画像に写った文字を読んでください
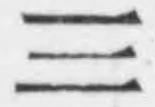
「三」と書いてあります